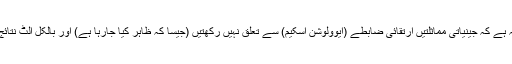
او ر اس کی وجہ یہ ہے کہ جینیاتی مماثلتیں ارتقائی ضابطے (ایوولوشن اسکیم) سے تعلق نہیں رکھتیں (جیسا کہ ظاہر کیا جارہا ہے) اور بالکل الٹ نتائج سامنے آرہے ہیں۔